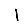
Digit: 1